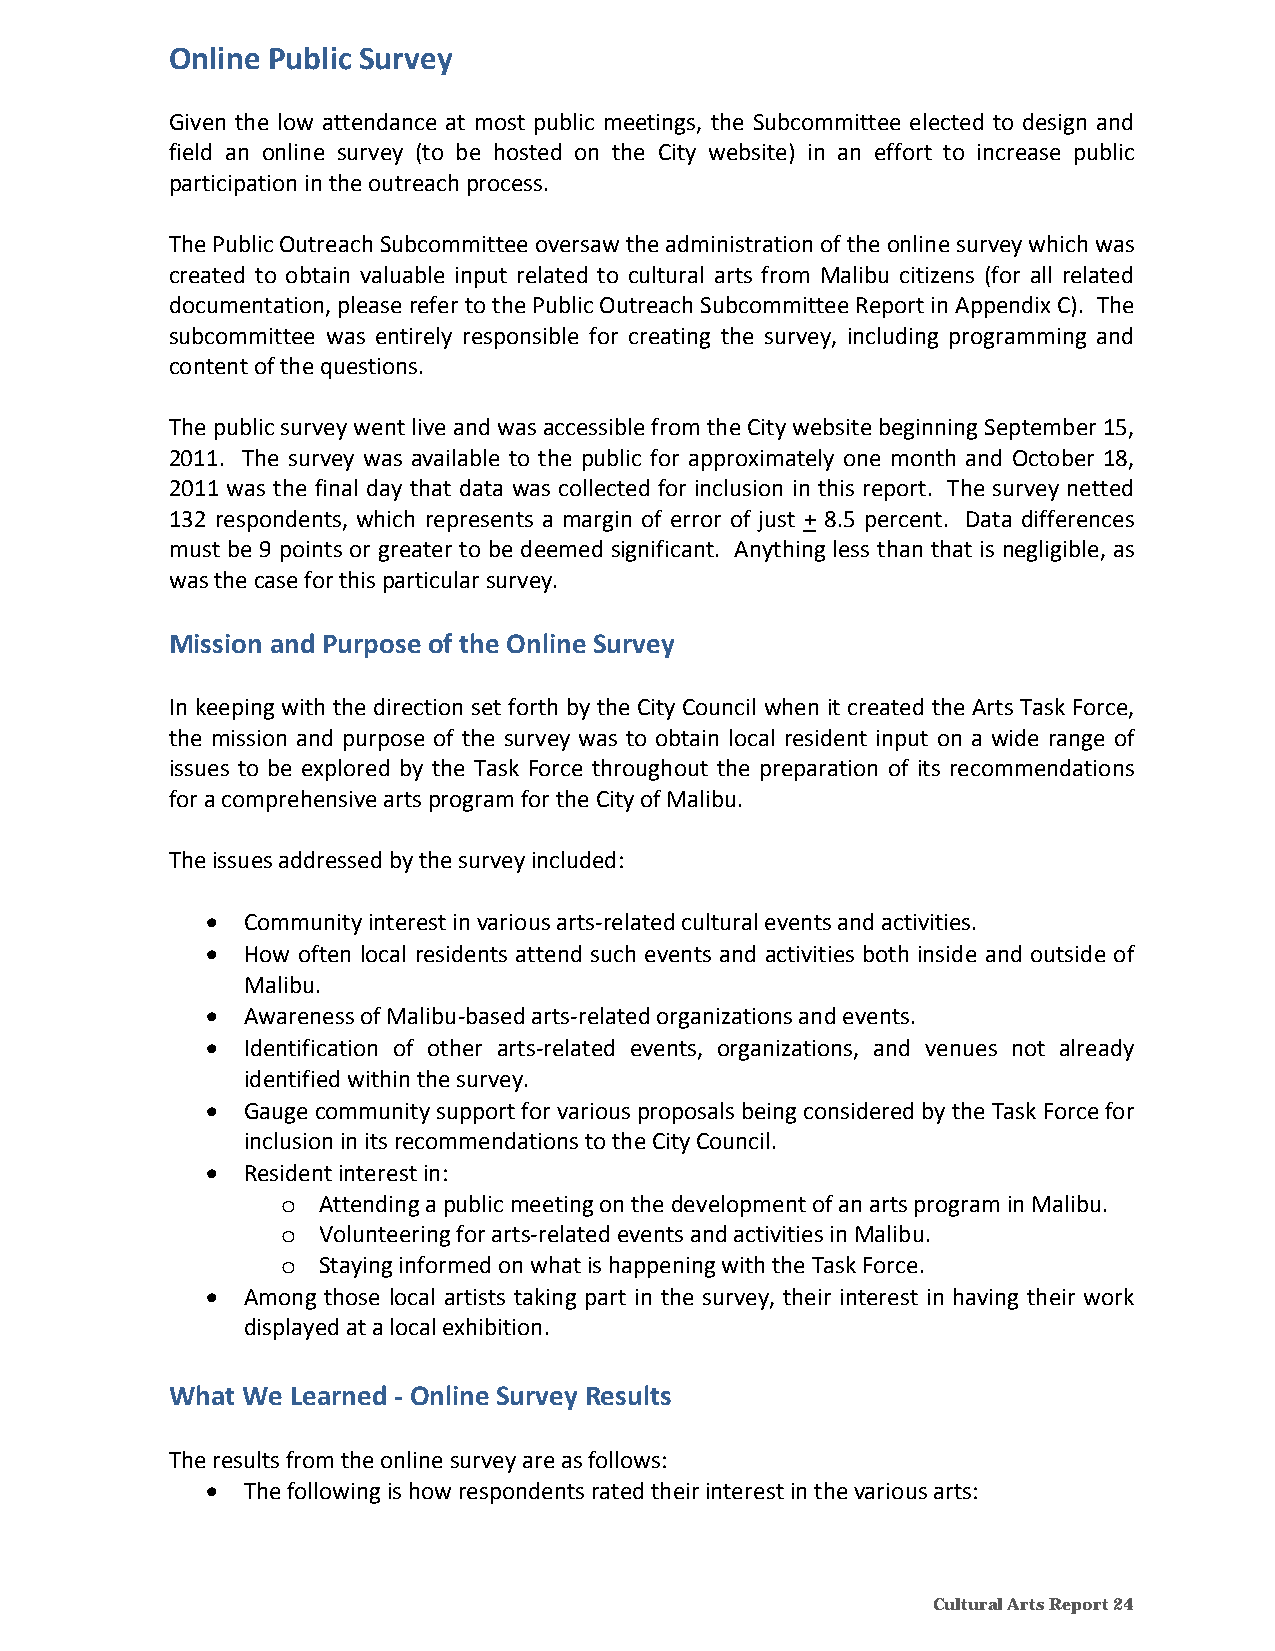
Online Public Survey
 Given the low attendance at most public meetings, the Subcommittee elected to design and
 field an online survey (to be hosted on the City website) in an effort to increase public
 participation in the outreach process.
 The Public Outreach Subcommittee oversaw the administration of the online survey which was
 created to obtain valuable input related to cultural arts from Malibu citizens (for all related
 documentation, please refer to the Public Outreach Subcommittee Report in Appendix C). The
 subcommittee was entirely responsible for creating the survey, including programming and
 content of the questions.
 The public survey went live and was accessible from the City website beginning September 15,
 2011. The survey was available to the public for approximately one month and October 18,
 2011 was the final day that data was collected for inclusion in this report. The survey netted
 132 respondents, which represents a margin of error of just + 8.5 percent. Data differences
 must be 9 points or greater to be deemed significant. Anything less than that is negligible, as
 was the case for this particular survey.
 Mission and Purpose of the Online Survey
 In keeping with the direction set forth by the City Council when it created the Arts Task Force,
 the mission and purpose of the survey was to obtain local resident input on a wide range of
 issues to be explored by the Task Force throughout the preparation of its recommendations
 for a comprehensive arts program for the City of Malibu.
 The issues addressed by the survey included:
  Community interest in various arts‐related cultural events and activities.
  How often local residents attend such events and activities both inside and outside of
 Malibu.
  Awareness of Malibu‐based arts‐related organizations and events.
  Identification of other arts‐related events, organizations, and venues not already
 identified within the survey.
  Gauge community support for various proposals being considered by the Task Force for
 inclusion in its recommendations to the City Council.
  Resident interest in:
 o Attending a public meeting on the development of an arts program in Malibu.
 o Volunteering for arts‐related events and activities in Malibu.
 o Staying informed on what is happening with the Task Force.
  Among those local artists taking part in the survey, their interest in having their work
 displayed at a local exhibition.
 What We Learned ‐ Online Survey Results
 The results from the online survey are as follows:
  The following is how respondents rated their interest in the various arts:
 Cultural Arts Report 24